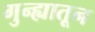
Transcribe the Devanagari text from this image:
गुन्ह्यातून